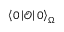
\left\langle 0 \left| \mathcal { O } \right| 0 \right\rangle _ { \Omega }